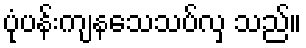
ပုံပန်းကျနသေသပ်လှ သည်။